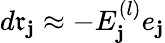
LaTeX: d\mathfrak{r}_{\mathbf{j}}\approx-E_{\mathbf{j}}^{(l)}e_{\mathbf{j}}